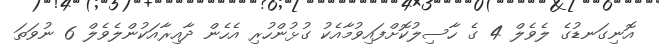
އޮނިގަނޑުގެ ލެވެލް 4 ގެ ހާސިލުކޮށްފައިވުމާއެކު ގުޅުންހުރި އެހެން ދާއިރާއަކުންލެވެލް 6 ނުވަތަ